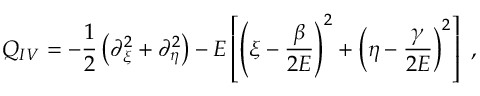
Q _ { I V } = - \frac { 1 } { 2 } \left( \partial _ { \xi } ^ { 2 } + \partial _ { \eta } ^ { 2 } \right) - E \left[ \left( \xi - \frac { \beta } { 2 E } \right) ^ { 2 } + \left( \eta - \frac { \gamma } { 2 E } \right) ^ { 2 } \right] \ ,